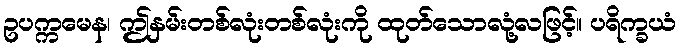
ဥပက္ကမေန၊ ဤနှမ်းတစ်လုံးတစ်လုံးကို ထုတ်သောလုံ့လဖြင့်။ ပရိက္ခယံ